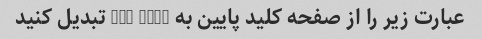
عبارت زیر را از صفحه کلید پایین به ALL CAPS تبدیل کنید